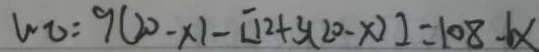
w o = 9 ( 2 0 - x ) - [ 1 2 + 3 ( 2 0 - x ) ] = 1 0 8 - 6 x